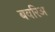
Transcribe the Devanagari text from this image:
बवरिअ